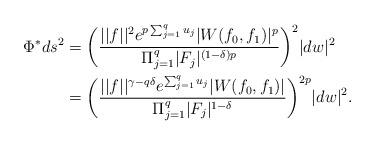
LaTeX: \begin{align*}\Phi^*ds^2& = \bigg( \dfrac{||f||^2e^{p\sum_{j=1}^qu_j}|W(f_0,f_1)|^p}{ \Pi_{j=1}^q|F_j|^{(1-\delta)p}}\bigg)^2|dw|^2\\&= \bigg( \dfrac{||f||^{\gamma-q\delta}e^{\sum_{j=1}^qu_j}|W(f_0,f_1)|}{ \Pi_{j=1}^q|F_j|^{1-\delta}}\bigg)^{2p}|dw|^2.\end{align*}